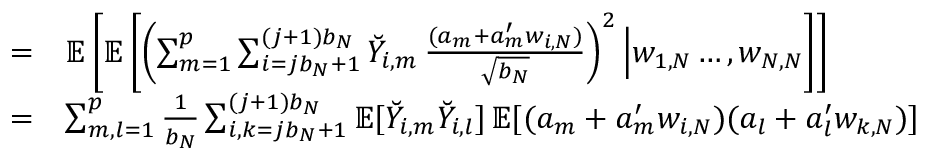
\begin{array} { r l } { = } & { \mathbb { E } \left[ \mathbb { E } \left[ \left( \sum _ { m = 1 } ^ { p } \sum _ { i = j b _ { N } + 1 } ^ { ( j + 1 ) b _ { N } } \breve { Y } _ { i , m } \, \frac { ( a _ { m } + a _ { m } ^ { \prime } w _ { i , N } ) } { \sqrt { b _ { N } } } \right) ^ { 2 } \Big | w _ { 1 , N } \ldots , w _ { N , N } \right] \right] } \\ { = } & { \sum _ { m , l = 1 } ^ { p } \frac { 1 } { b _ { N } } \sum _ { i , k = j b _ { N } + 1 } ^ { ( j + 1 ) b _ { N } } \mathbb { E } [ \breve { Y } _ { i , m } \breve { Y } _ { i , l } ] \, \mathbb { E } [ ( a _ { m } + a _ { m } ^ { \prime } w _ { i , N } ) ( a _ { l } + a _ { l } ^ { \prime } w _ { k , N } ) ] } \end{array}